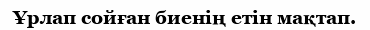
Ұрлап сойған биенің етін мақтап.